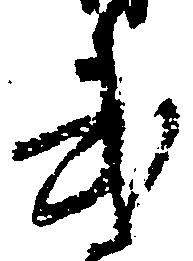
武